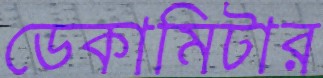
ডেকামিটার